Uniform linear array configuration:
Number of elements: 4
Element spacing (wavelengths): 1
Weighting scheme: uniform
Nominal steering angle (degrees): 15
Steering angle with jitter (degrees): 16.468
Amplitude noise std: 0.05
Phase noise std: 0.05

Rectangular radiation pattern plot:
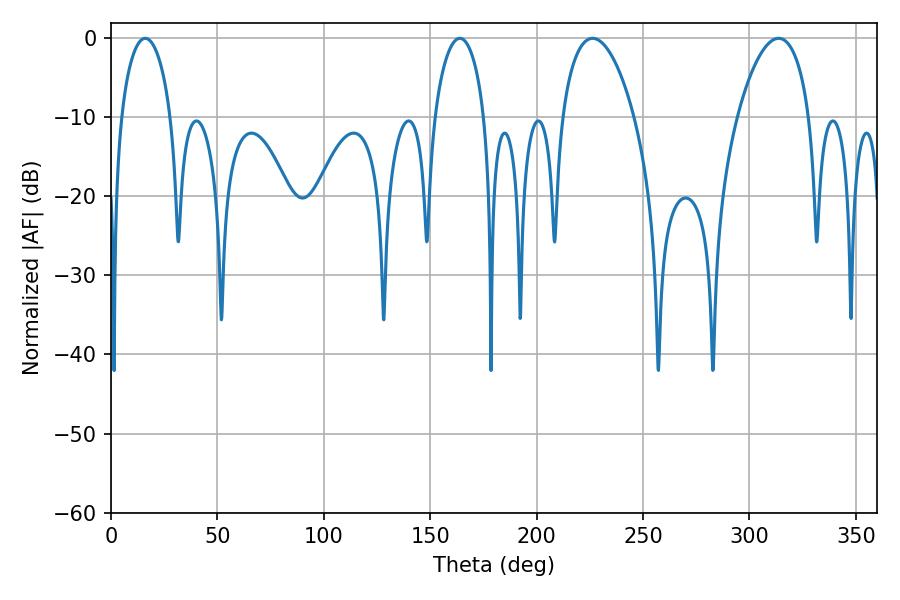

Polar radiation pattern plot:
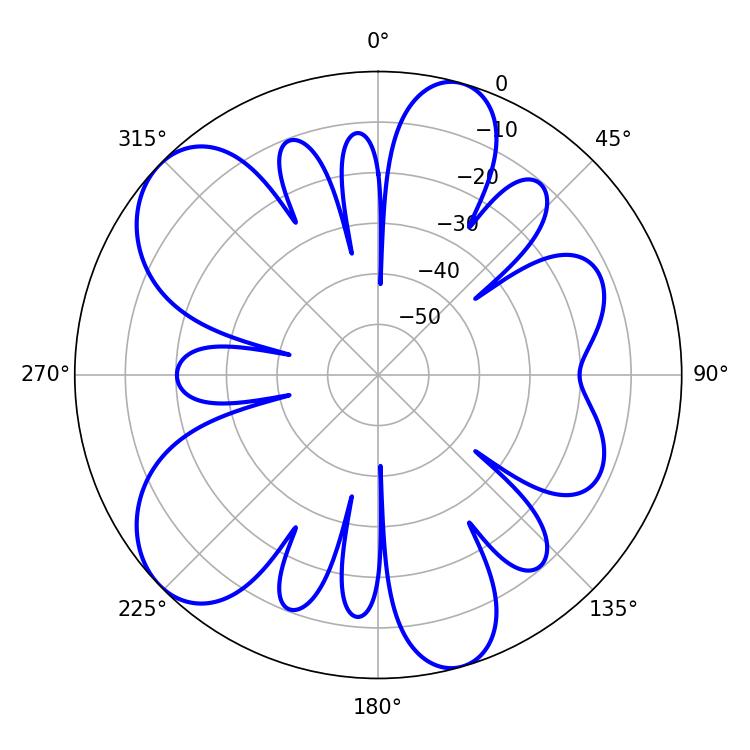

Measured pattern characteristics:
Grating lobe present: TRUE
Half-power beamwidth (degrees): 19.08
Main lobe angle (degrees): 226.26